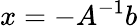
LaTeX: x=-A^{-1}b